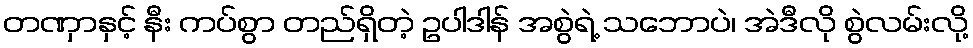
တဏှာနှင့် နီး ကပ်စွာ တည်ရှိတဲ့ ဥပါဒါန် အစွဲရဲ့ သဘောပဲ၊ အဲဒီလို စွဲလမ်းလို့